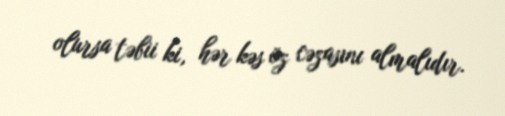
olursa təbii ki, hər kəs öz cəzasını almalıdır.